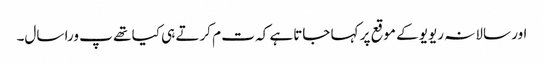
اور سالانہ ریویو کے موقع پر کہا جاتاہے کہ ت م کرتے ہی کیا تھے پ ورا سال۔